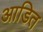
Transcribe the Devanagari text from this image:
आडित